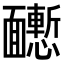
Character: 𩉒